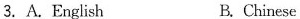
3.A.English B.Chinese